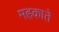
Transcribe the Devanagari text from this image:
महकाते